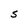
Character: S